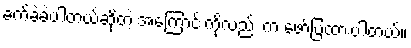
ခက်ခဲခဲ့ပါတယ်ဆိုတဲ့ အကြောင်းကိုလည်း က ဖော်ပြထားပါတယ်။